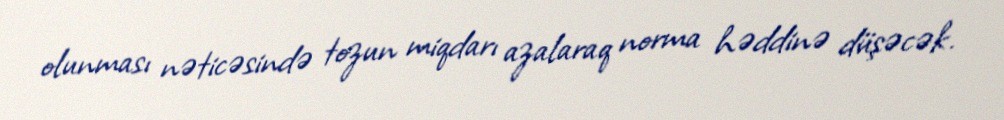
olunması nəticəsində tozun miqdarı azalaraq norma həddinə düşəcək.